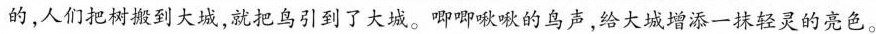
的，人们把树到大城，就把鸟引到了大城。唧唧啾啾的鸟声，给大城增添一抹轻灵的亮色。